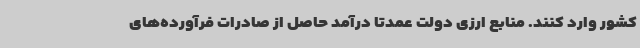
کشور وارد کنند. منابع ارزی دولت عمدتا درآمد حاصل از صادرات فرآورده‌های